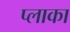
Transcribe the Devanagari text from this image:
प्लाका